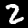
Digit: 2